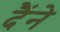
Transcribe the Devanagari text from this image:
दैंने